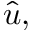
\hat { u } ,